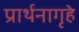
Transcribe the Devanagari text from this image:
प्रार्थनागृहे